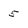
Character: 5